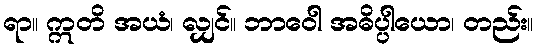
ရာ။ ဣတိ အယံ၊ လျှင်။ ဘာဝေါ အဓိပ္ပါယော၊ တည်း။